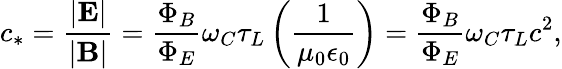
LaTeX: c_{*}=\frac{|\textbf{E}|}{|\textbf{B}|}=\frac{\Phi_{B}}{\Phi_{E}}\omega_{C}\tau_{L}\left(\frac{1}{\mu_{0}\epsilon_{0}}\right)=\frac{\Phi_{B}}{\Phi_{E}}\omega_{C}\tau_{L}c^{2},